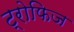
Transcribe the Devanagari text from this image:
ट्रोफिज